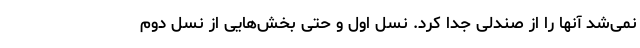
نمی‌شد آنها را از صندلی جدا کرد. نسل اول و حتی بخش‌هایی از نسل دوم